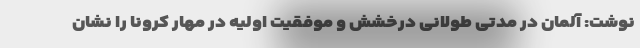
نوشت: آلمان در مدتی طولانی درخشش و موفقیت اولیه در مهار کرونا را نشان